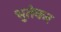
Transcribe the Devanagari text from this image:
भुतेकर